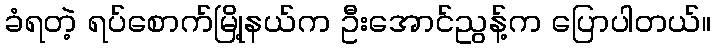
ခံရတဲ့ ရပ်စောက်မြို့နယ်က ဦးအောင်ညွန့်က ပြောပါတယ်။